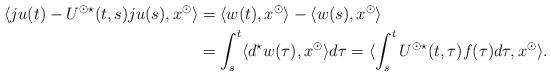
LaTeX: \begin{align*} \langle ju(t) - U^{\odot \star}(t,s)ju(s),x^\odot \rangle &= \langle w(t), x^\odot \rangle - \langle w(s), x^\odot \rangle \\ &= \int_s^t \langle d^\star w(\tau), x^\odot \rangle d\tau = \langle \int_s^t U^{\odot \star}(t,\tau)f(\tau) d\tau, x^\odot \rangle .\end{align*}